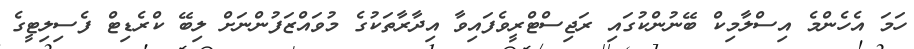
ހަމަ އެހެންމެ އިސްލާމިކް ބޭނުންކުގައި ރަޖިސްޓްރީވެފައިވާ އިދާރާތަކުގެ މުވައްޒަފުންނަށް ލިބޭ ކްރެޑިޓް ފެސިލިޓީގެ